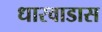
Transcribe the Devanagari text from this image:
धारवाडास